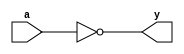
//one invertor delay: 0.123859,  critical path: 3.394
module inverter(input wire a, output wire y);
    not (y, a);
endmodule
module replica_ALU(input wire A, output wire Y);
    wire [26:0] interconnections; // Wires to connect inverters

    // Instantiate 28 inverters and chain them
    inverter inv0(A, interconnections[0]);
    inverter inv1(interconnections[0], interconnections[1]);
    inverter inv2(interconnections[1], interconnections[2]);
    inverter inv3(interconnections[2], interconnections[3]);
    inverter inv4(interconnections[3], interconnections[4]);
    inverter inv5(interconnections[4], interconnections[5]);
    inverter inv6(interconnections[5], interconnections[6]);
    inverter inv7(interconnections[6], interconnections[7]);
    inverter inv8(interconnections[7], interconnections[8]);
    inverter inv9(interconnections[8], interconnections[9]);
    inverter inv10(interconnections[9], interconnections[10]);
    inverter inv11(interconnections[10], interconnections[11]);
    inverter inv12(interconnections[11], interconnections[12]);
    inverter inv13(interconnections[12], interconnections[13]);
    inverter inv14(interconnections[13], interconnections[14]);
    inverter inv15(interconnections[14], interconnections[15]);
    inverter inv16(interconnections[15], interconnections[16]);
    inverter inv17(interconnections[16], interconnections[17]);
    inverter inv18(interconnections[17], interconnections[18]);
    inverter inv19(interconnections[18], interconnections[19]);
    inverter inv20(interconnections[19], interconnections[20]);
    inverter inv21(interconnections[20], interconnections[21]);
    inverter inv22(interconnections[21], interconnections[22]);
    inverter inv23(interconnections[22], interconnections[23]);
    inverter inv24(interconnections[23], interconnections[24]);
    inverter inv25(interconnections[24], interconnections[25]);
    inverter inv26(interconnections[25], interconnections[26]);
    inverter inv27(interconnections[26], Y);
endmodule